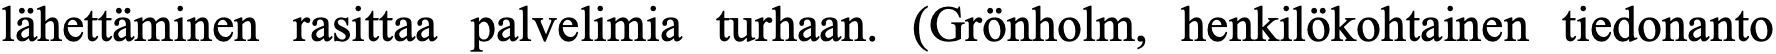
lähettäminen rasittaa palvelimia turhaan. (Grönholm, henkilökohtainen tiedonanto